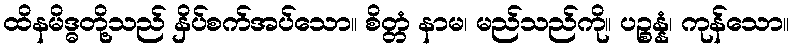
ထိနမိဒ္ဓတို့သည် နှိပ်စက်အပ်သော။ စိတ္တံ နာမ၊ မည်သည်ကို။ ပဉ္စန္နံ၊ ကုန်သော။